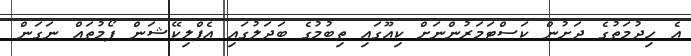
އެ ހިދުމަތުގެ ދަށުން ކަސްޓަމަރުންނަށް ކިއޫގައި ތިބުމުގެ ބަދަލުގައި އެޕްލިކޭޝަން ފޯމުތައް ނަގަން